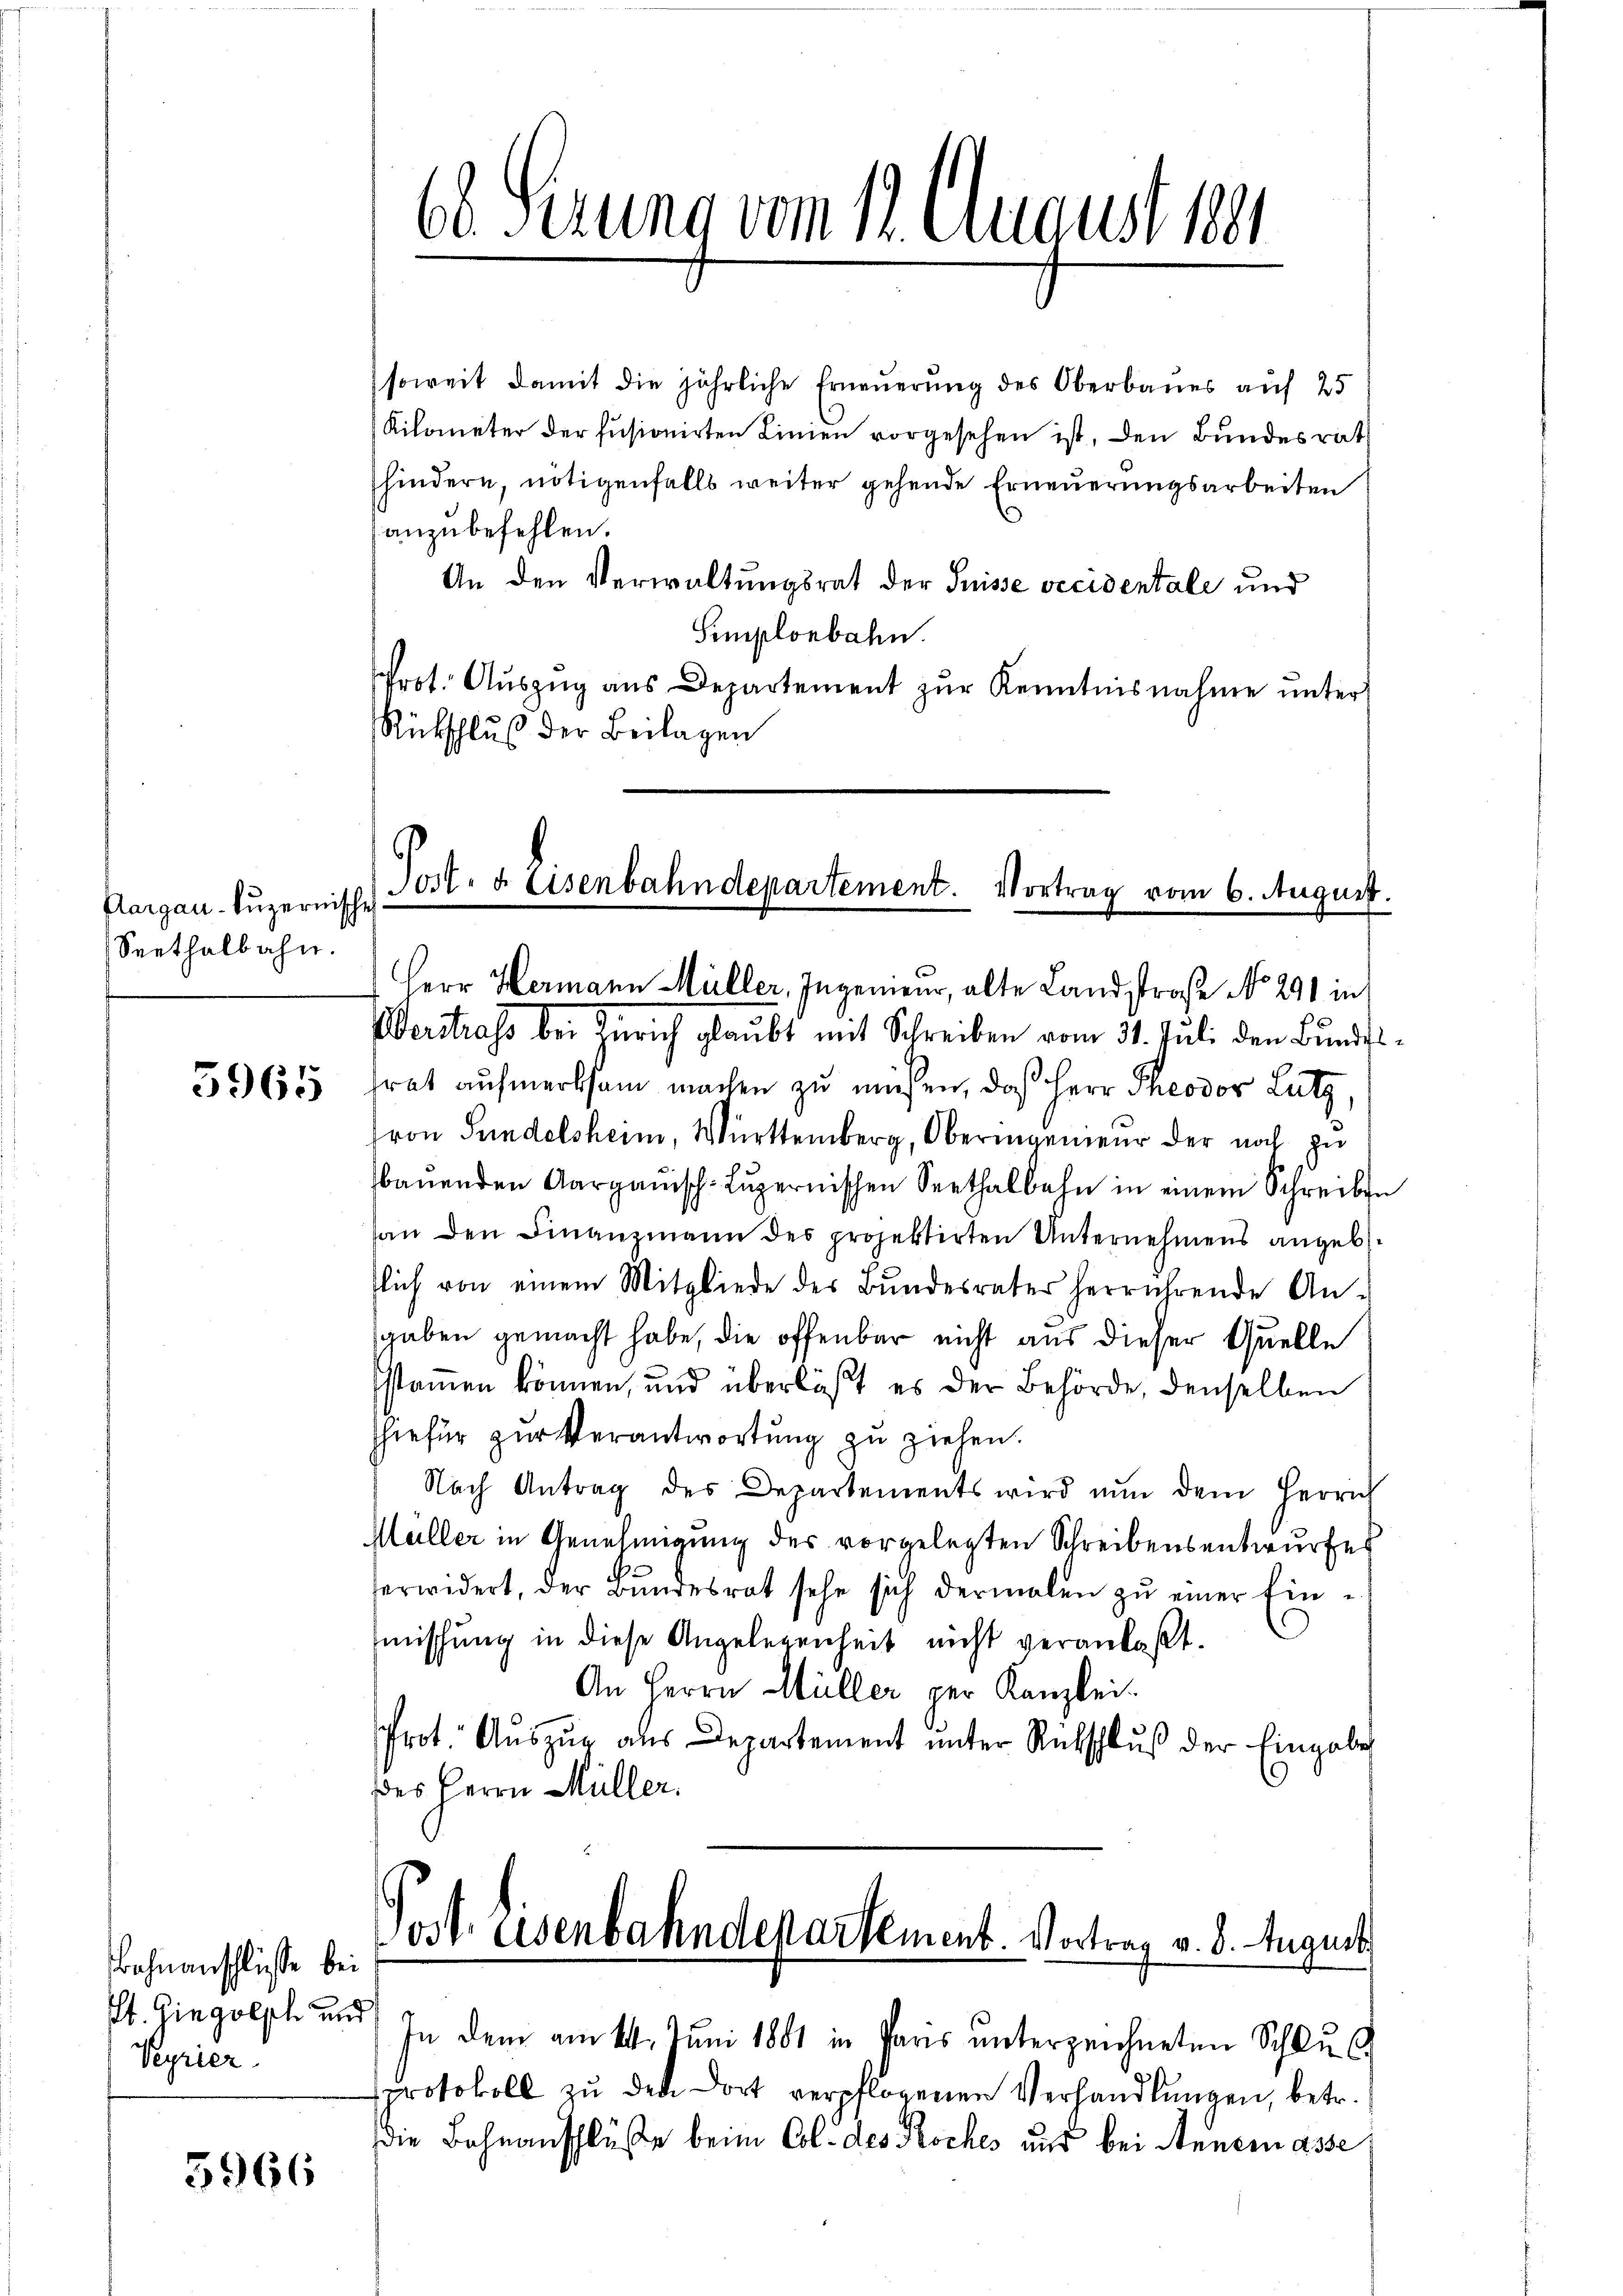
Aargau-kuzernische
Seethalbahn.

5965

Bahnanschlüsse bei
St. Gingisch und
Pyrier

5966

6 Perung vom 12. August 1891

soweit damit die jährliche Erneuerung des Oberbaues auf 25
Kilometer der fusionirten Linien vorgesehen ist, den Bundesrat
hindern, nötigenfalls weiter gehende Erneuerungsarbeiten
anzubefehlen.
An den Verwaltungsrat der Suisse vecidentale und
Semploebahn.
Prot. Aŭszŭg ans Departement zŭr Kenntnisnahme unter
Rückschluß der Beilagen

Jost- u. Eisenbahndepartement. Vortrag vom 6. August.
Herr Hermann Müller, Ingenieur, alte Landstraße No 291 in
Verstrass bei Zürich glaubt mit Schreiben vom 31. Juli den Bundes

frat aufmerksam machen zu müssen, daß Herr Theodor Lutz
ron Sundelsheim, Württemberg, Oberingenieur der noch zu
baŭenden Aargauisch-Lŭzernischen Seethalbahn in einem Schreiben
an den Finanzmann des projektirten Unternehmens angeb.
tlich von einem Mitgliede der Bŭndesrates herrührende An-
gaben gemacht habe, die offenbar nicht aus dieser Quelle
stammen können, und überläßt es der Behörde, denselben
hiefür zur Verantwortung zu ziehen.
Nach Antrag des Departements wird nŭn dem Herrn
Müller in Genehmigung des vorgelegten Schreibensentwurfes
erwidert, der Bŭndesrat sehe sich dermalen zŭ einer Ein-
mischung in diese Angelegenheit nicht veranlaßt.
An Herrn Müller per Kanzlei.
Prot. Auszug aus Departement unter Rutschlŭβ der Eingabe
des Herrn Müller.

ost. Eisenbahndepartement Vortrag v. 8. August

In dem am 14. Juni 1881 in Paris unterzeichneten Schlus
protokoll zu den dort verpflogenen Verhandlungen, betr.
die Bahnanschluße beim Col. des Koches und bei Annemasse